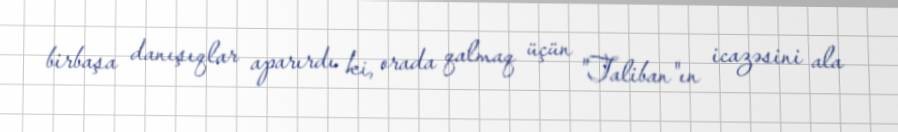
birbaşa danışıqlar aparırdı ki, orada qalmaq üçün "Taliban"ın icazəsini ala